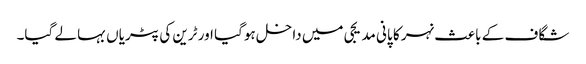
شگاف کے باعث نہر کا پانی مدیجی میں داخل ہوگیا اور ٹرین کی پٹریاں بہا لے گیا۔